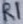
Text: R1